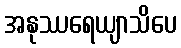
အနုဿရေယျာသိပေ